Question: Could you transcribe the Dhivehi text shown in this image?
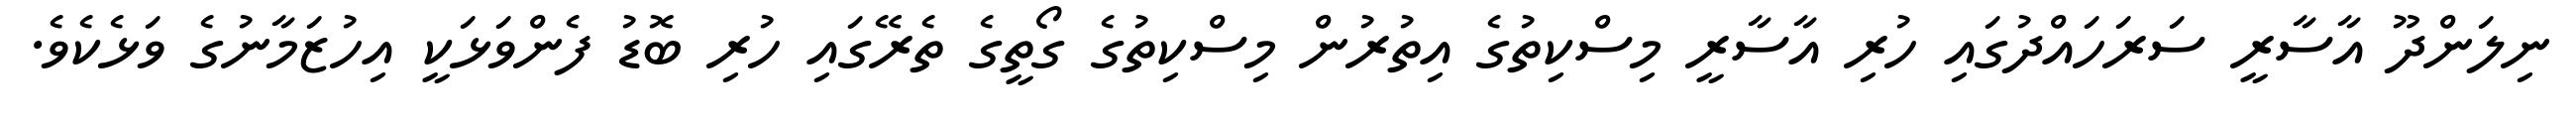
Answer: ނިލަންދޫ އާސާރީ ސަރަހައްދުގައި ހުރި އާސާރީ މިސްކިތުގެ އިތުރުން މިސްކިތުގެ ގޯތީގެ ތެރޭގައި ހުރި ބޮޑު ފެންވަޅަކީ އިހުޒަމާނުގެ ވަޅެކެވެ.